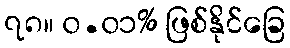
၇၈။ ၀.၀၁% ဖြစ်နိုင်ခြေ